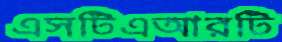
এসটিএআরটি